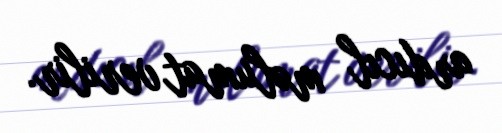
ardıcıl məlumat verilir.